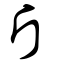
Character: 斤